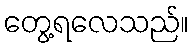
တွေ့ရလေသည်။